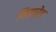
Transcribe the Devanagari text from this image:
विस्परेद